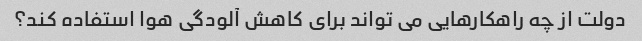
دولت از چه راهکارهایی می تواند برای کاهش آلودگی هوا استفاده کند؟